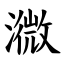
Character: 㵟